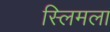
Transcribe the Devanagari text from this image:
स्लिमला